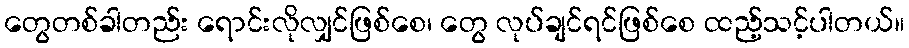
တွေတစ်ခါတည်း ရောင်းလိုလျှင်ဖြစ်စေ၊ တွေ လုပ်ချင်ရင်ဖြစ်စေ ထည့်သင့်ပါတယ်။